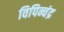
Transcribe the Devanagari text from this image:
विपिन्चंद्र